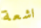
اشعة